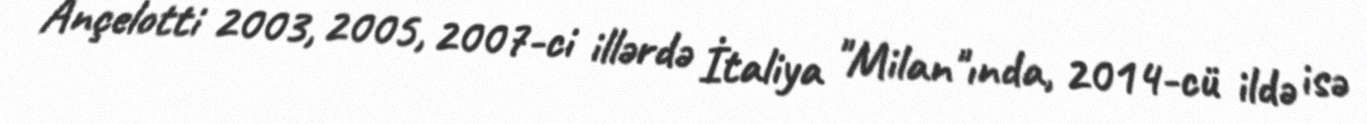
Ançelotti 2003, 2005, 2007-ci illərdə İtaliya "Milan"ında, 2014-cü ildə isə